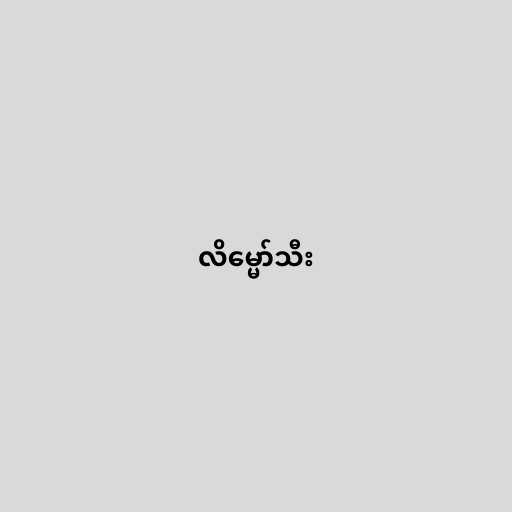
လိမ္မော်သီး